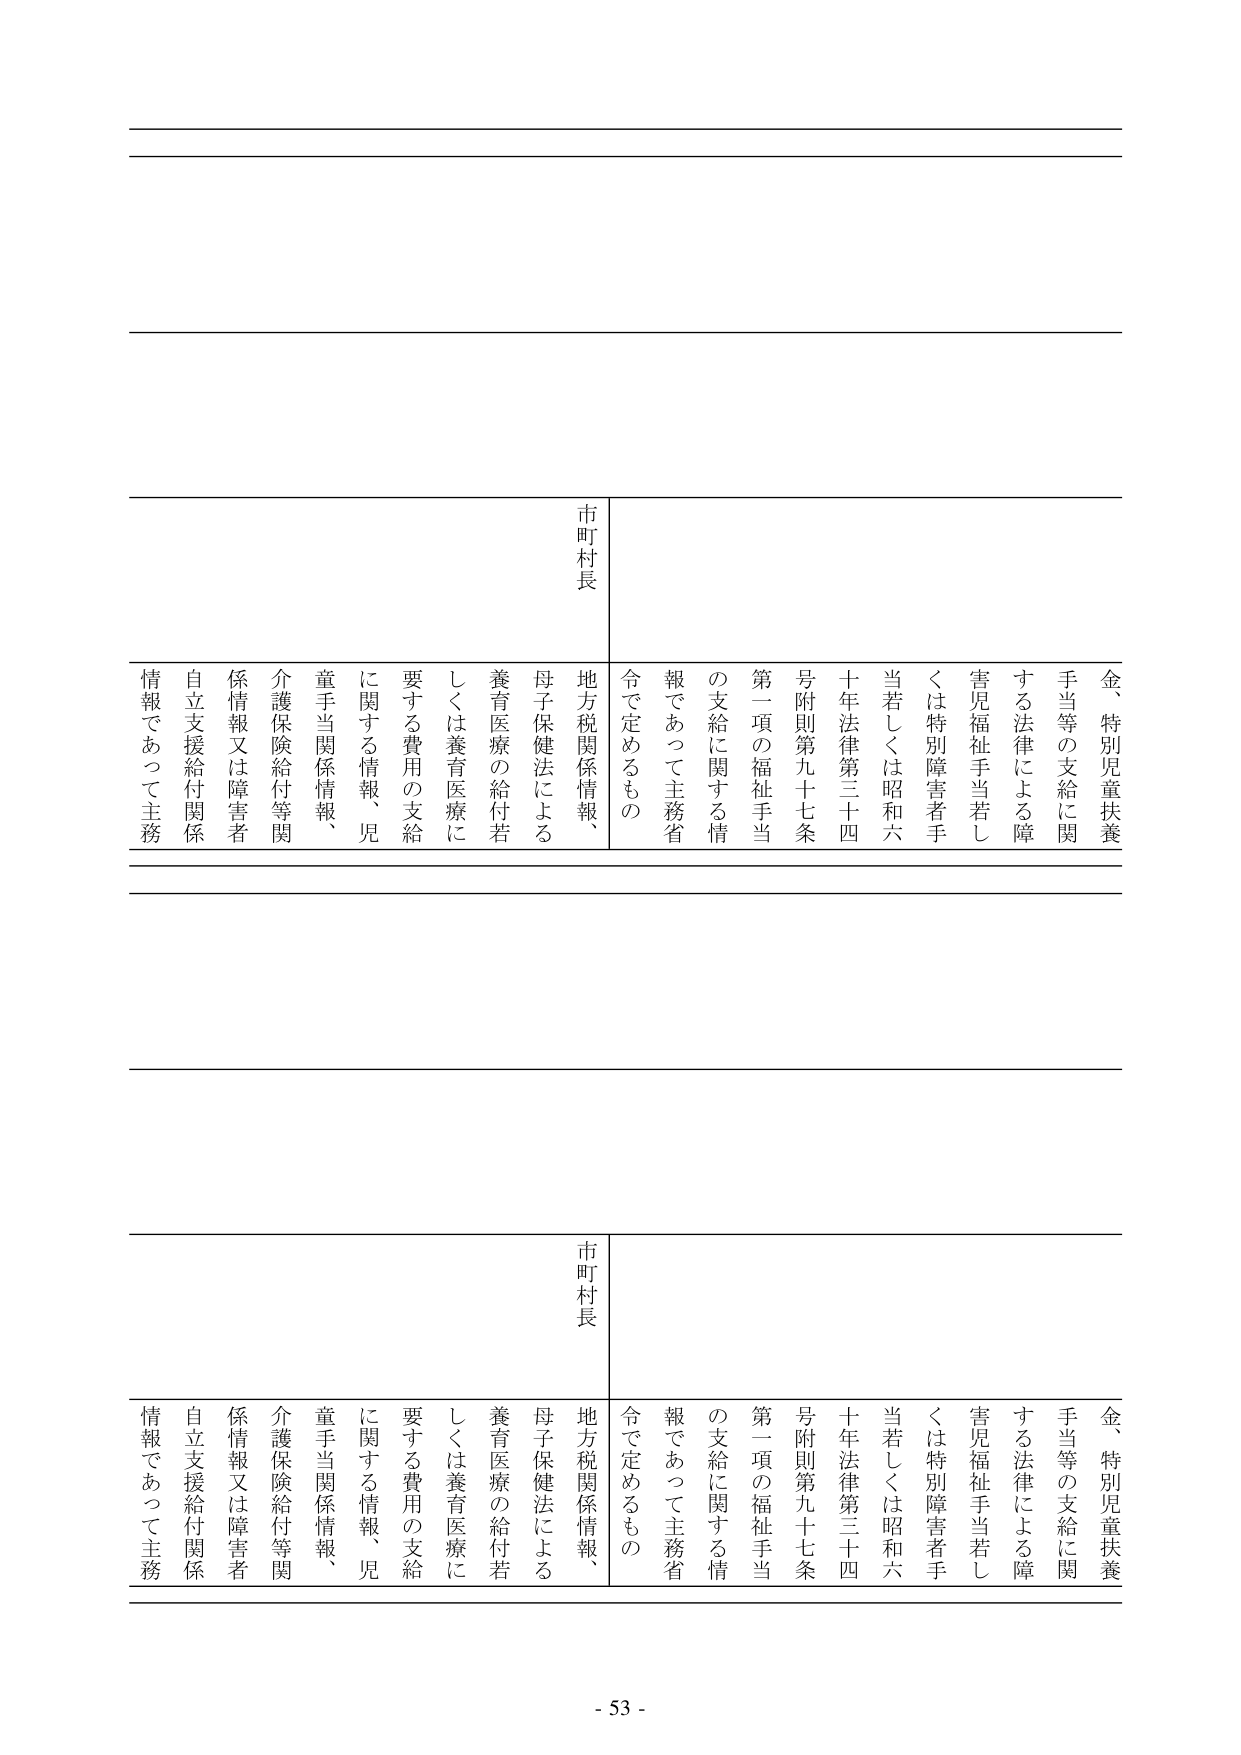
金、特別児童扶養手当等の支給に関する法律による障害児福祉手当若しくは特別障害者手当若しくは昭和六十年法律第三十四条附則第九十七条第一項の福祉手当の支給に関する情報であって主務省令で定めるもの

市町村長

地方税関係情報、母子保健法による養育医療の給付若しくは養育医療に要する費用の支給に関する情報、児童手当関係情報、介護保険給付等関係情報又は障害者自立支援給付関係情報であって主務

金、特別児童扶養手当等の支給に関する法律による障害児福祉手当若しくは特別障害者手当若しくは昭和六十年法律第三十四条附則第九十七条第一項の福祉手当の支給に関する情報であって主務省令で定めるもの

市町村長

地方税関係情報、母子保健法による養育医療の給付若しくは養育医療に要する費用の支給に関する情報、児童手当関係情報、介護保険給付等関係情報又は障害者自立支援給付関係情報であって主務

- 53 -